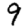
Digit: 9